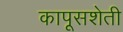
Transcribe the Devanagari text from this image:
कापूसशेती